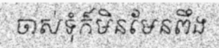
ចាស់ទុំក៏មិនមែនពឹង